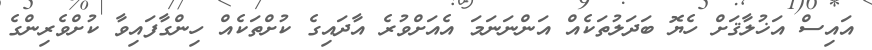
އައިސް އަޚުލާޤަށް ހެޔޮ ބަދަލުތަކެއް އަންނަނަމަ އެއަށްވުރެ އާދައިގެ ކުށްތަކެއް ހިންގާފައިވާ ކުށްވެރިންގެ